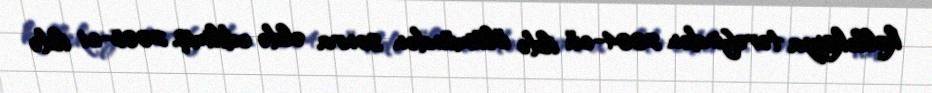
kolleksiya tərəfindən 2004-cü ildə ölümündən sonra əldə edilmiş, 2005-ci ildə